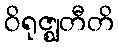
ဝိရုဇ္ဈတီတိ